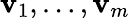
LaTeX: \mathbf{v}_{1},\dots,\mathbf{v}_{m}